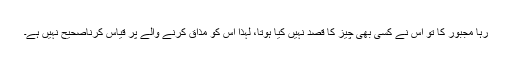
رہا مجبور کا تو اس نے کسی بھی چیز کا قصد نہیں کیا ہوتا، لہٰذا اس کو مذاق کرنے والے پر قیاس کرناصحیح نہیں ہے۔